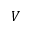
V